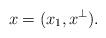
LaTeX: \begin{align*} x=(x_1,x^\perp).\end{align*}